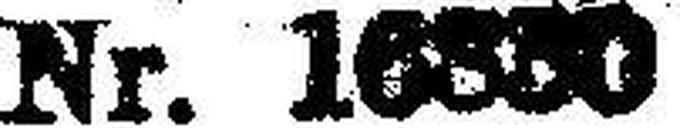
Nr. 16830